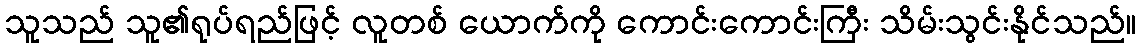
သူသည် သူ၏ရုပ်ရည်ဖြင့် လူတစ် ယောက်ကို ကောင်းကောင်းကြီး သိမ်းသွင်းနိုင်သည်။